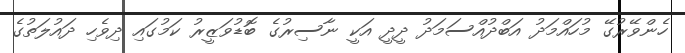
ހެންވޭރުގޭ މުހައްމަދު އަބްދުއްސަމަދު ދީދީ އަކީ ނާސިރުގެ ބޮޑުވަޒީރު ކަމުގައި ދިވެހި ދައުލަތުގެ